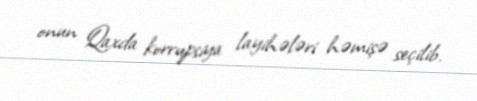
onun Qaxda korrupsiya layihələri həmişə seçilib.